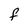
Character: F